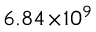
6 . 8 4 \! \times \! 1 0 ^ { 9 }